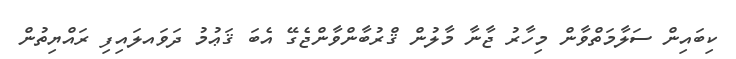
ކިބައިން ސަލާމަތްވާން މިހާރު ޖާނާ މާލުން ޤްރުބާންވާންޖެގޭ އެބަ ޤަޢުމު ދަވައލައިފި ރައްޔިތުން